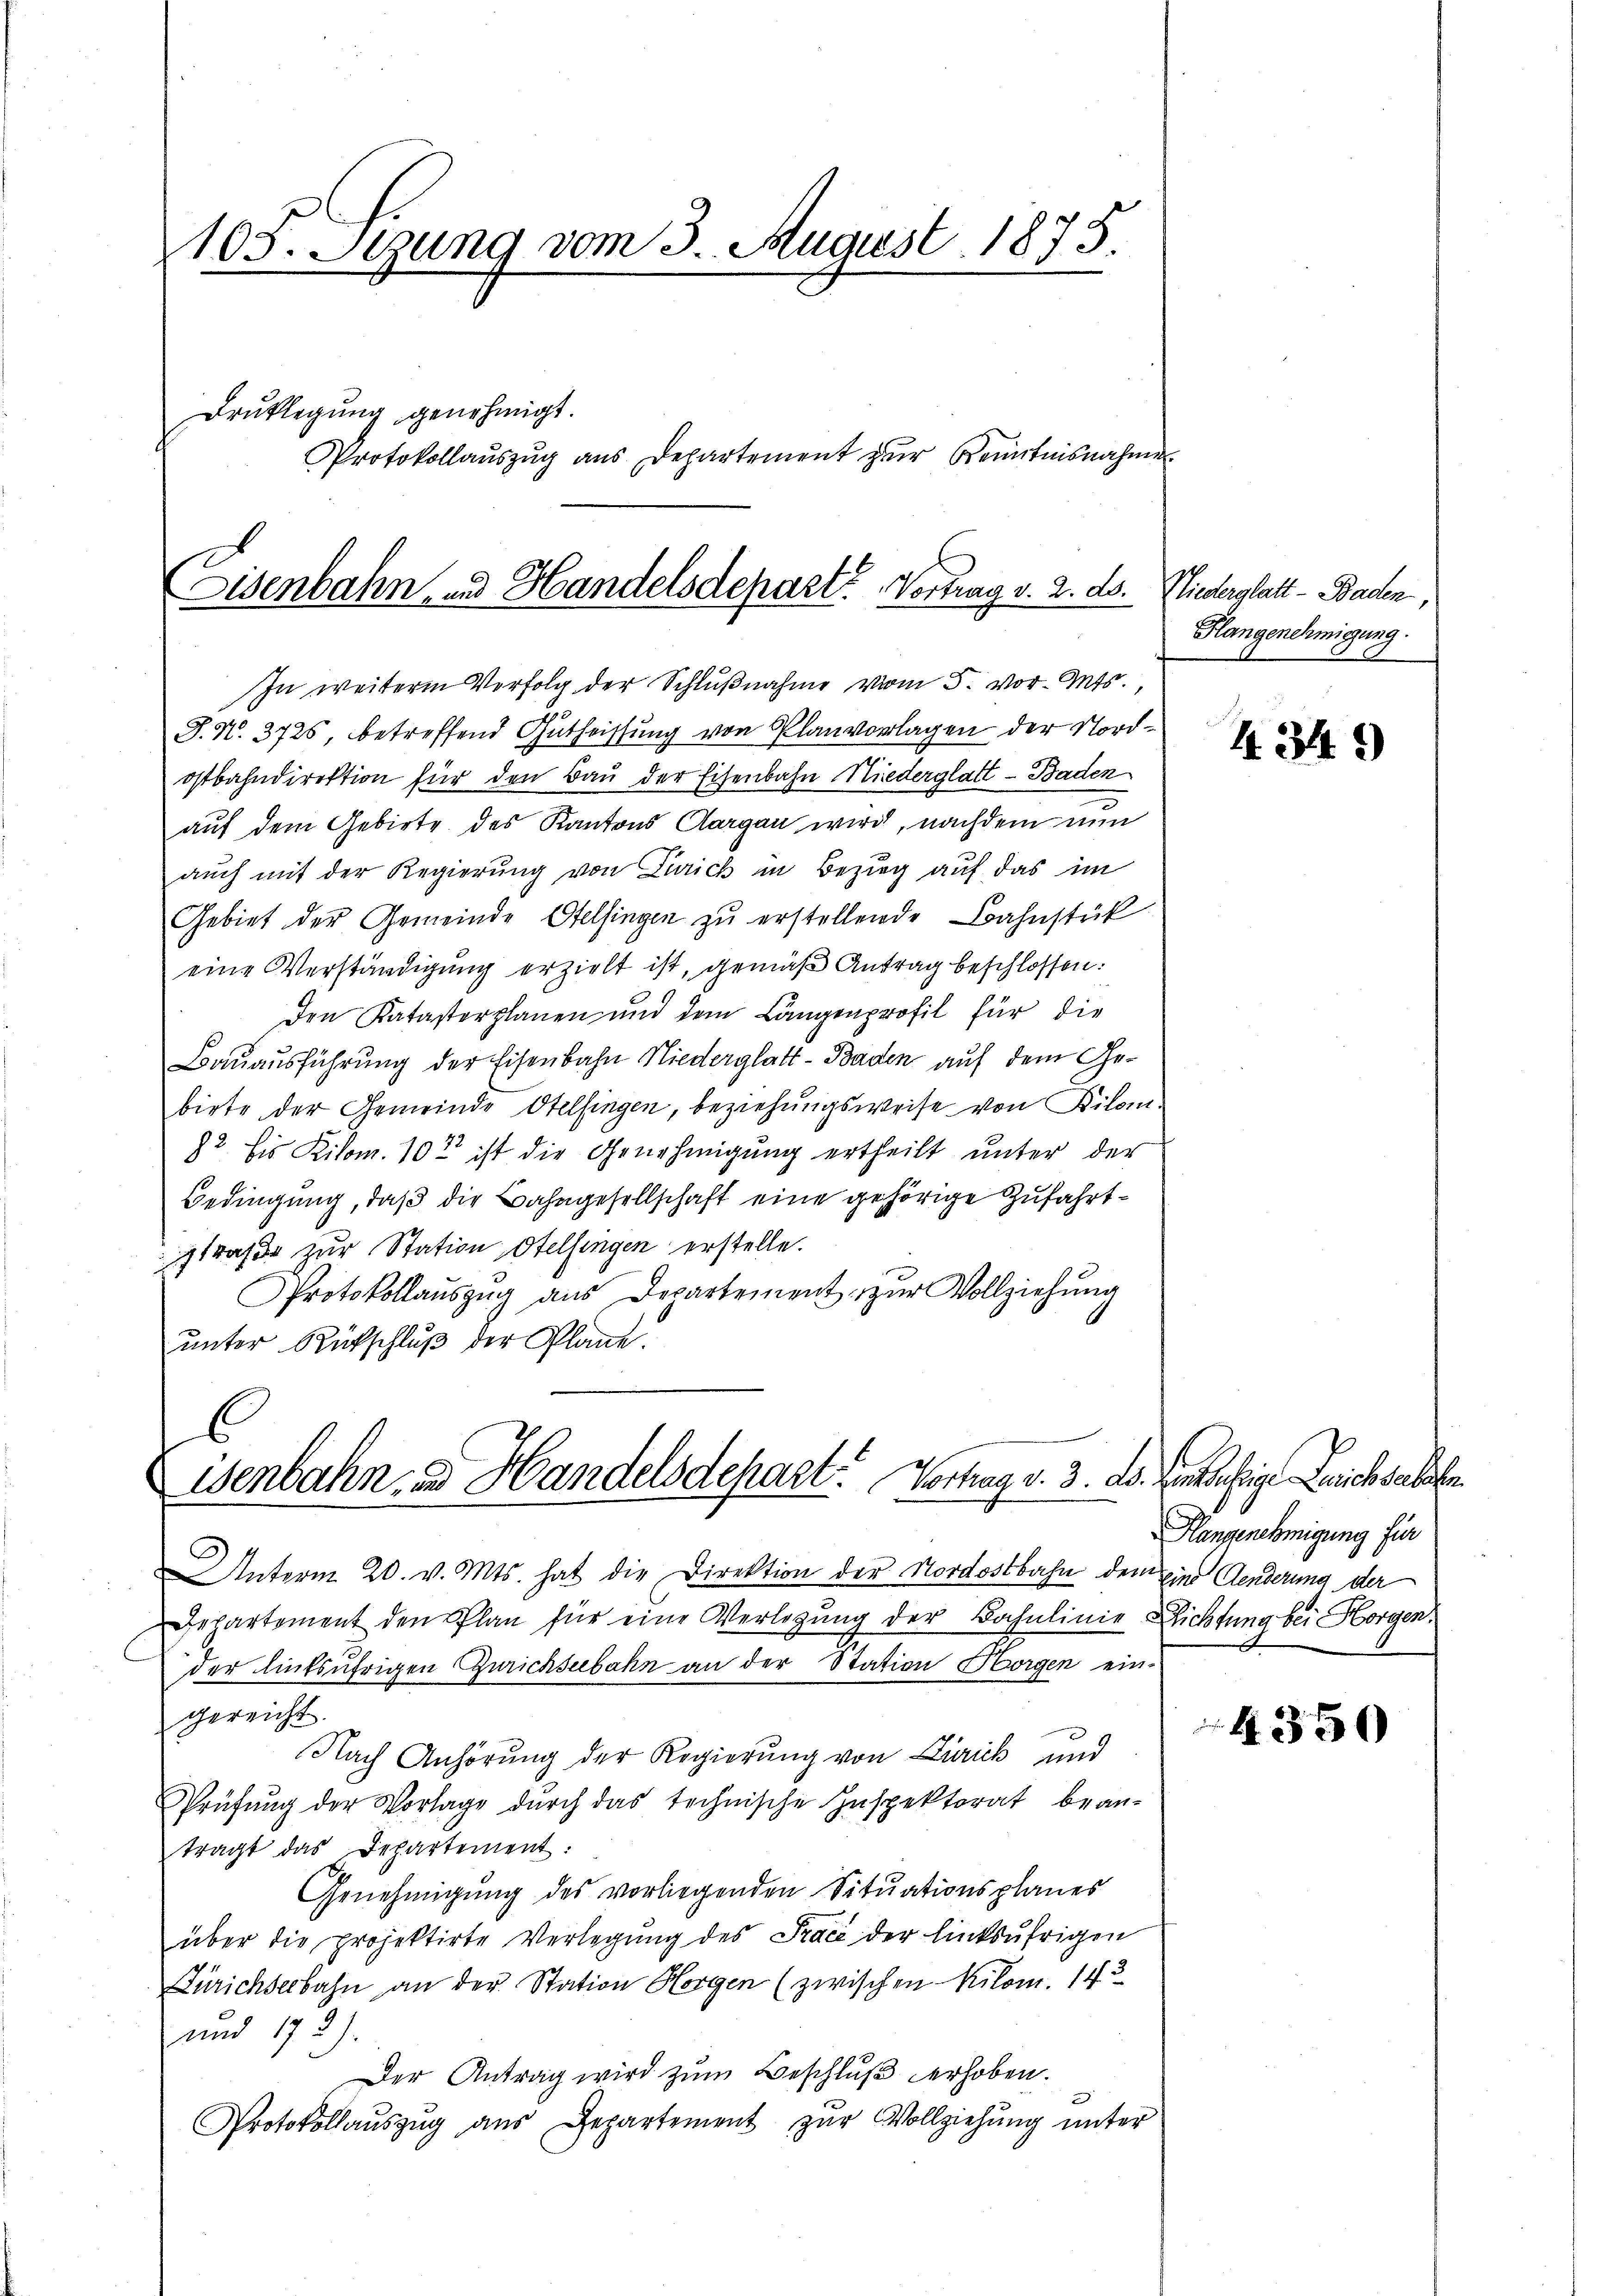
1103. Sezung vom 3. August 1875.
Druklegung genehmigt.
Protokollaŭszŭg aŭs Departement zŭr Kenntnisnahmer

Eisenbahn und Handelsdepart. Vortrag v. 2. ds. Niederglatt - Baden

In weitere Verfolg der Schlußnahme vom 5. vor-Oets.,
T. N. 3725, betreffend Gutheissung von Planvorlagen der Nordostbahndirektion für den Bau der Eisenbahn Niederglatt - Baden
auf dem Gebiete des Kantons Aargau wird, nachdem nun
auch mit der Regierung von Zürich in Bezug auf das im
Gebiet der Gemeinde Otelfingen zu erstellende Bahnstück
eine Verständigung erzielt ist, gemäß Antrag beschlossen:
Den Katasterplanen und dem Langenprofil für die
Bauausführung der Eisenbahn Niederglatt - Baden auf dem Gebiete der Gemeinde Otelfingen, beziehungsweise von Kilom
82. Eis Kilom. 10t ist die Genehmigung ertheilt unter der
Bedingung, daß die Bahngesellschaft eine gehörige Zufahrtstrafe zur Station Otelfingen erstelle.
Protokollaŭszŭg ans Departement zur Vollziehung
unter Rückschluß der Plane.

E
Wenbahn u Handelsdepart. Vortrag v. 3. D. Rentehrige Leichselste

Unterm 20. v. Mts. hat die Direktion der Nordostbahn dem Eine Aenderung der
Departement den Plan für eine Verlegung der Bahnlinie Richtung bei Horgen,
der linksufrigen Zürichseebahn an der Station Horgen eingereicht.
Nach Anhörung der Regierung von Zürich und
Prüfung der Vorlage durch das technische Inspektorat bean-
tragt das Departement:
Genehmigung des vorliegenden Situationsplanes
über die projektirte Verlegŭng des Tracé der linksufrigen
Zürichseebahn an der Station Horgen (zwischen Kilom. 143
und 172).
Der Antrag wird zum Beschluß erhoben.
Protokollaŭszŭg aŭs Departement zŭr Vollziehung unter

Hangenehmigung.

Hangenehmigung für

434)

4350